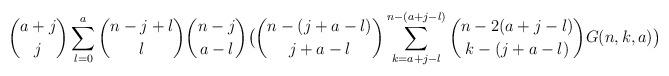
LaTeX: \begin{align*}\binom{a+j}{j}\sum_{l=0}^{a}\binom{n-j+l}{l}\binom{n-j}{a-l}\bigl{(}\binom{n-(j+a-l)}{j+a-l}\sum_{k=a+j-l}^{n-(a+j-l)}\binom{n-2(a+j-l)}{k-(j+a-l)}G(n,k,a)\bigr{)}\end{align*}